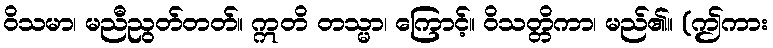
ဝိသမာ၊ မညီညွတ်တတ်။ ဣတိ တသ္မာ၊ ကြောင့်။ ဝိသတ္တိကာ၊ မည်၏။ (ဤကား